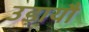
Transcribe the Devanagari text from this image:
उड़ायौ